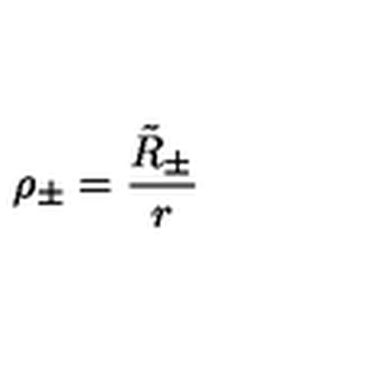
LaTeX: \rho _ { \pm } = \frac { \tilde { R } _ { \pm } } { r }